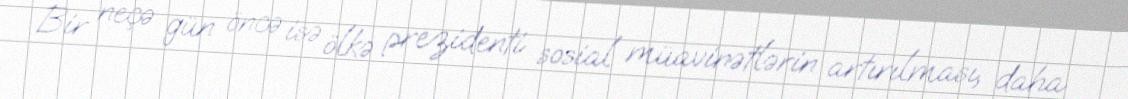
Bir neçə gün öncə isə ölkə prezidenti sosial müavinətlərin artırılması, daha